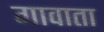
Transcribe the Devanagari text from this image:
गावाता